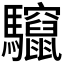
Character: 𮪠